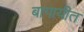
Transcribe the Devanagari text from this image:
बागायीत